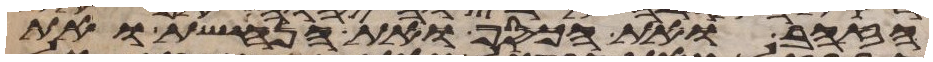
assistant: הזהב ואת הכסף ואת הנחשת ואת